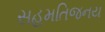
સહમતિજનય